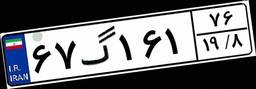
۶۷گ۱۶۱۷۶